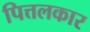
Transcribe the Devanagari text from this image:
पित्तलकार